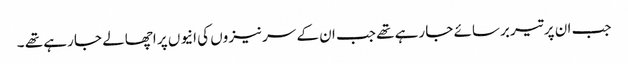
جب ان پر تیر برسائے جا رہے تھے جب ان کے سر نیزوں کی انیوں پر اچھالے جا رہے تھے ۔